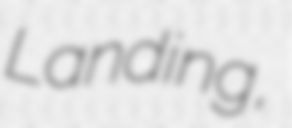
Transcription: Landing,